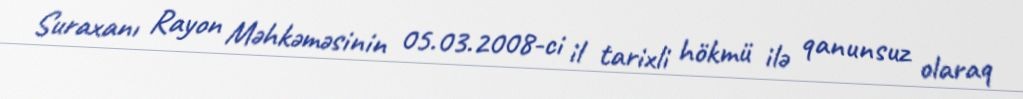
Suraxanı Rayon Məhkəməsinin 05.03.2008-ci il tarixli hökmü ilə qanunsuz olaraq